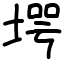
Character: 堮